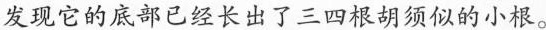
发现它的底部已经长出了三四根胡须似的小根。